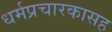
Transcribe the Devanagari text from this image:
धर्मप्रचारकासह